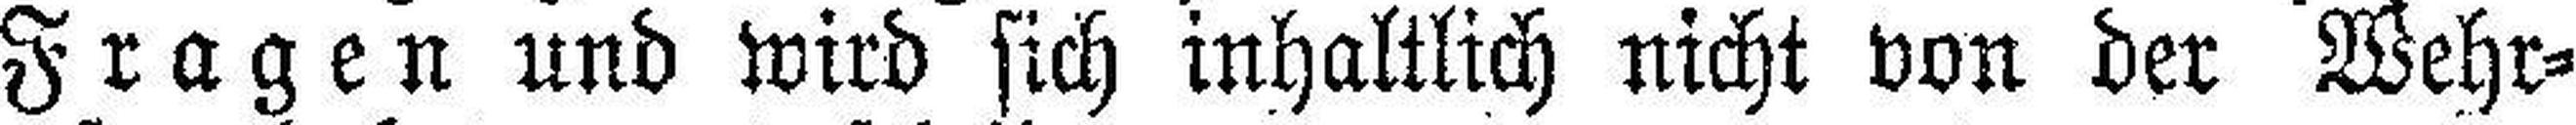
Fragen und wird sich inhaltlich nicht von der Wehr¬